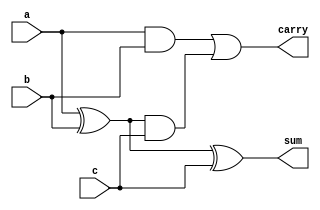
`timescale 1ns / 1ps
module full_adder(input a,b,c,output sum,carry);
wire w1,w2,w3;
xor x1(w1,a,b);
xor x2(sum,w1,c);
and a1(w2,w1,c);
and a2(w3,a,b);
or o1(carry,w3,w2);
endmodule